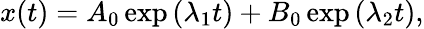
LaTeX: x(t)=A_{0}\exp\left(\lambda_{1}t\right)+B_{0}\exp\left(\lambda_{2}t\right),